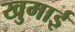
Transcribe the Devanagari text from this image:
खुमाई